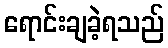
ရောင်းချခဲ့ရသည်